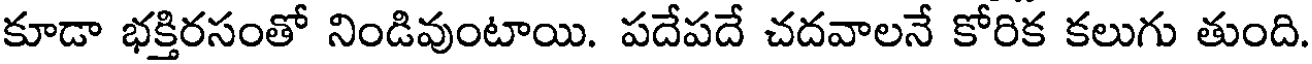
కూడా భక్తిరసంతో నిండివుంటాయి. పదేపదే చదవాలనే కోరిక కలుగు తుంది.